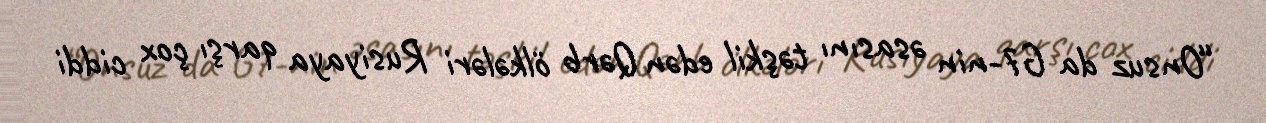
“Onsuz da G7-nin əsasını təşkil edən Qərb ölkələri Rusiyaya qarşı çox ciddi